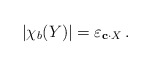
\begin{align*}\left| \chi_b(Y) \right|& = \varepsilon_{\mathbf{c}\cdot X}\,.\end{align*}